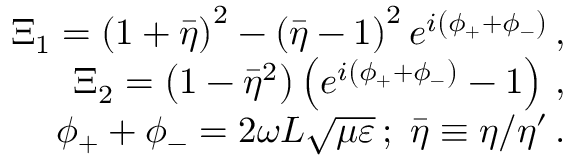
\begin{array} { r l r } & { } & { \Xi _ { 1 } = \left( 1 + \bar { \eta } \right) ^ { 2 } - \left( \bar { \eta } - 1 \right) ^ { 2 } e ^ { i \left( \phi _ { + } + \phi _ { - } \right) } \, , } \\ & { } & { \Xi _ { 2 } = \left( 1 - \bar { \eta } ^ { 2 } \right) \left( e ^ { i \left( \phi _ { + } + \phi _ { - } \right) } - 1 \right) \, , } \\ & { } & { \phi _ { + } + \phi _ { - } = 2 \omega L \sqrt { \mu \varepsilon } \, ; \mathrm { ~ } \bar { \eta } \equiv \eta / \eta ^ { \prime } \, . } \end{array}